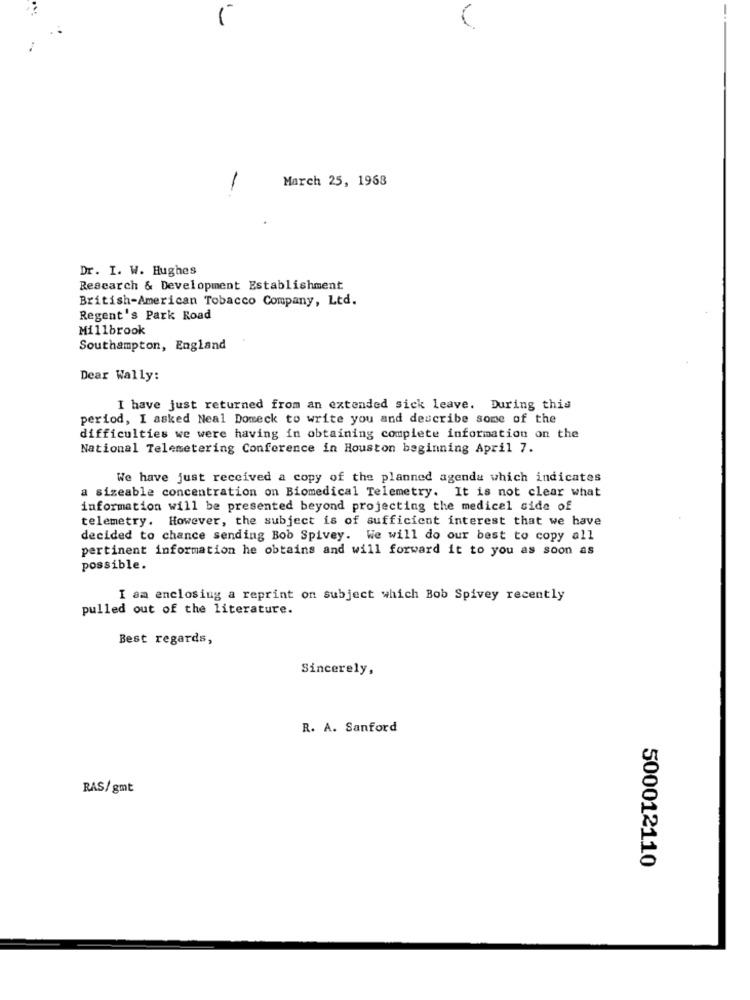
March 25, 1968
-
Dr. I. W. Hughes
Research & Development Establishment
British-American Tobacco Company, Ltd.
Regent's Park Road
Millbrook
Southampton, England
Dear Wally:
I have just returned from an extended sick leave. During this
period, I asked Neal Domeck to write you and describe some of the
difficulties we were having in obtaining complete information on the
National Telemetering Conference in Houston beginning April 7.
We have just received a copy of the planned agenda which indicates
a sizeable concentration on Biomedical Telemetry. It is not clear what
information will be presented beyond projecting the medical side of
telemetry. However, the subject is of sufficient interest that we have
decided to chance sending Bob Spivey. We will do our best to copy all
pertinent information he obtains and will forward it to you as soon as
possible.
I am enclosing a reprint on subject which Bob Spivey recently
pulled out of the literature.
Best regards,
Sincerely,
R. A. Sanford
RAS/gmt
500012110